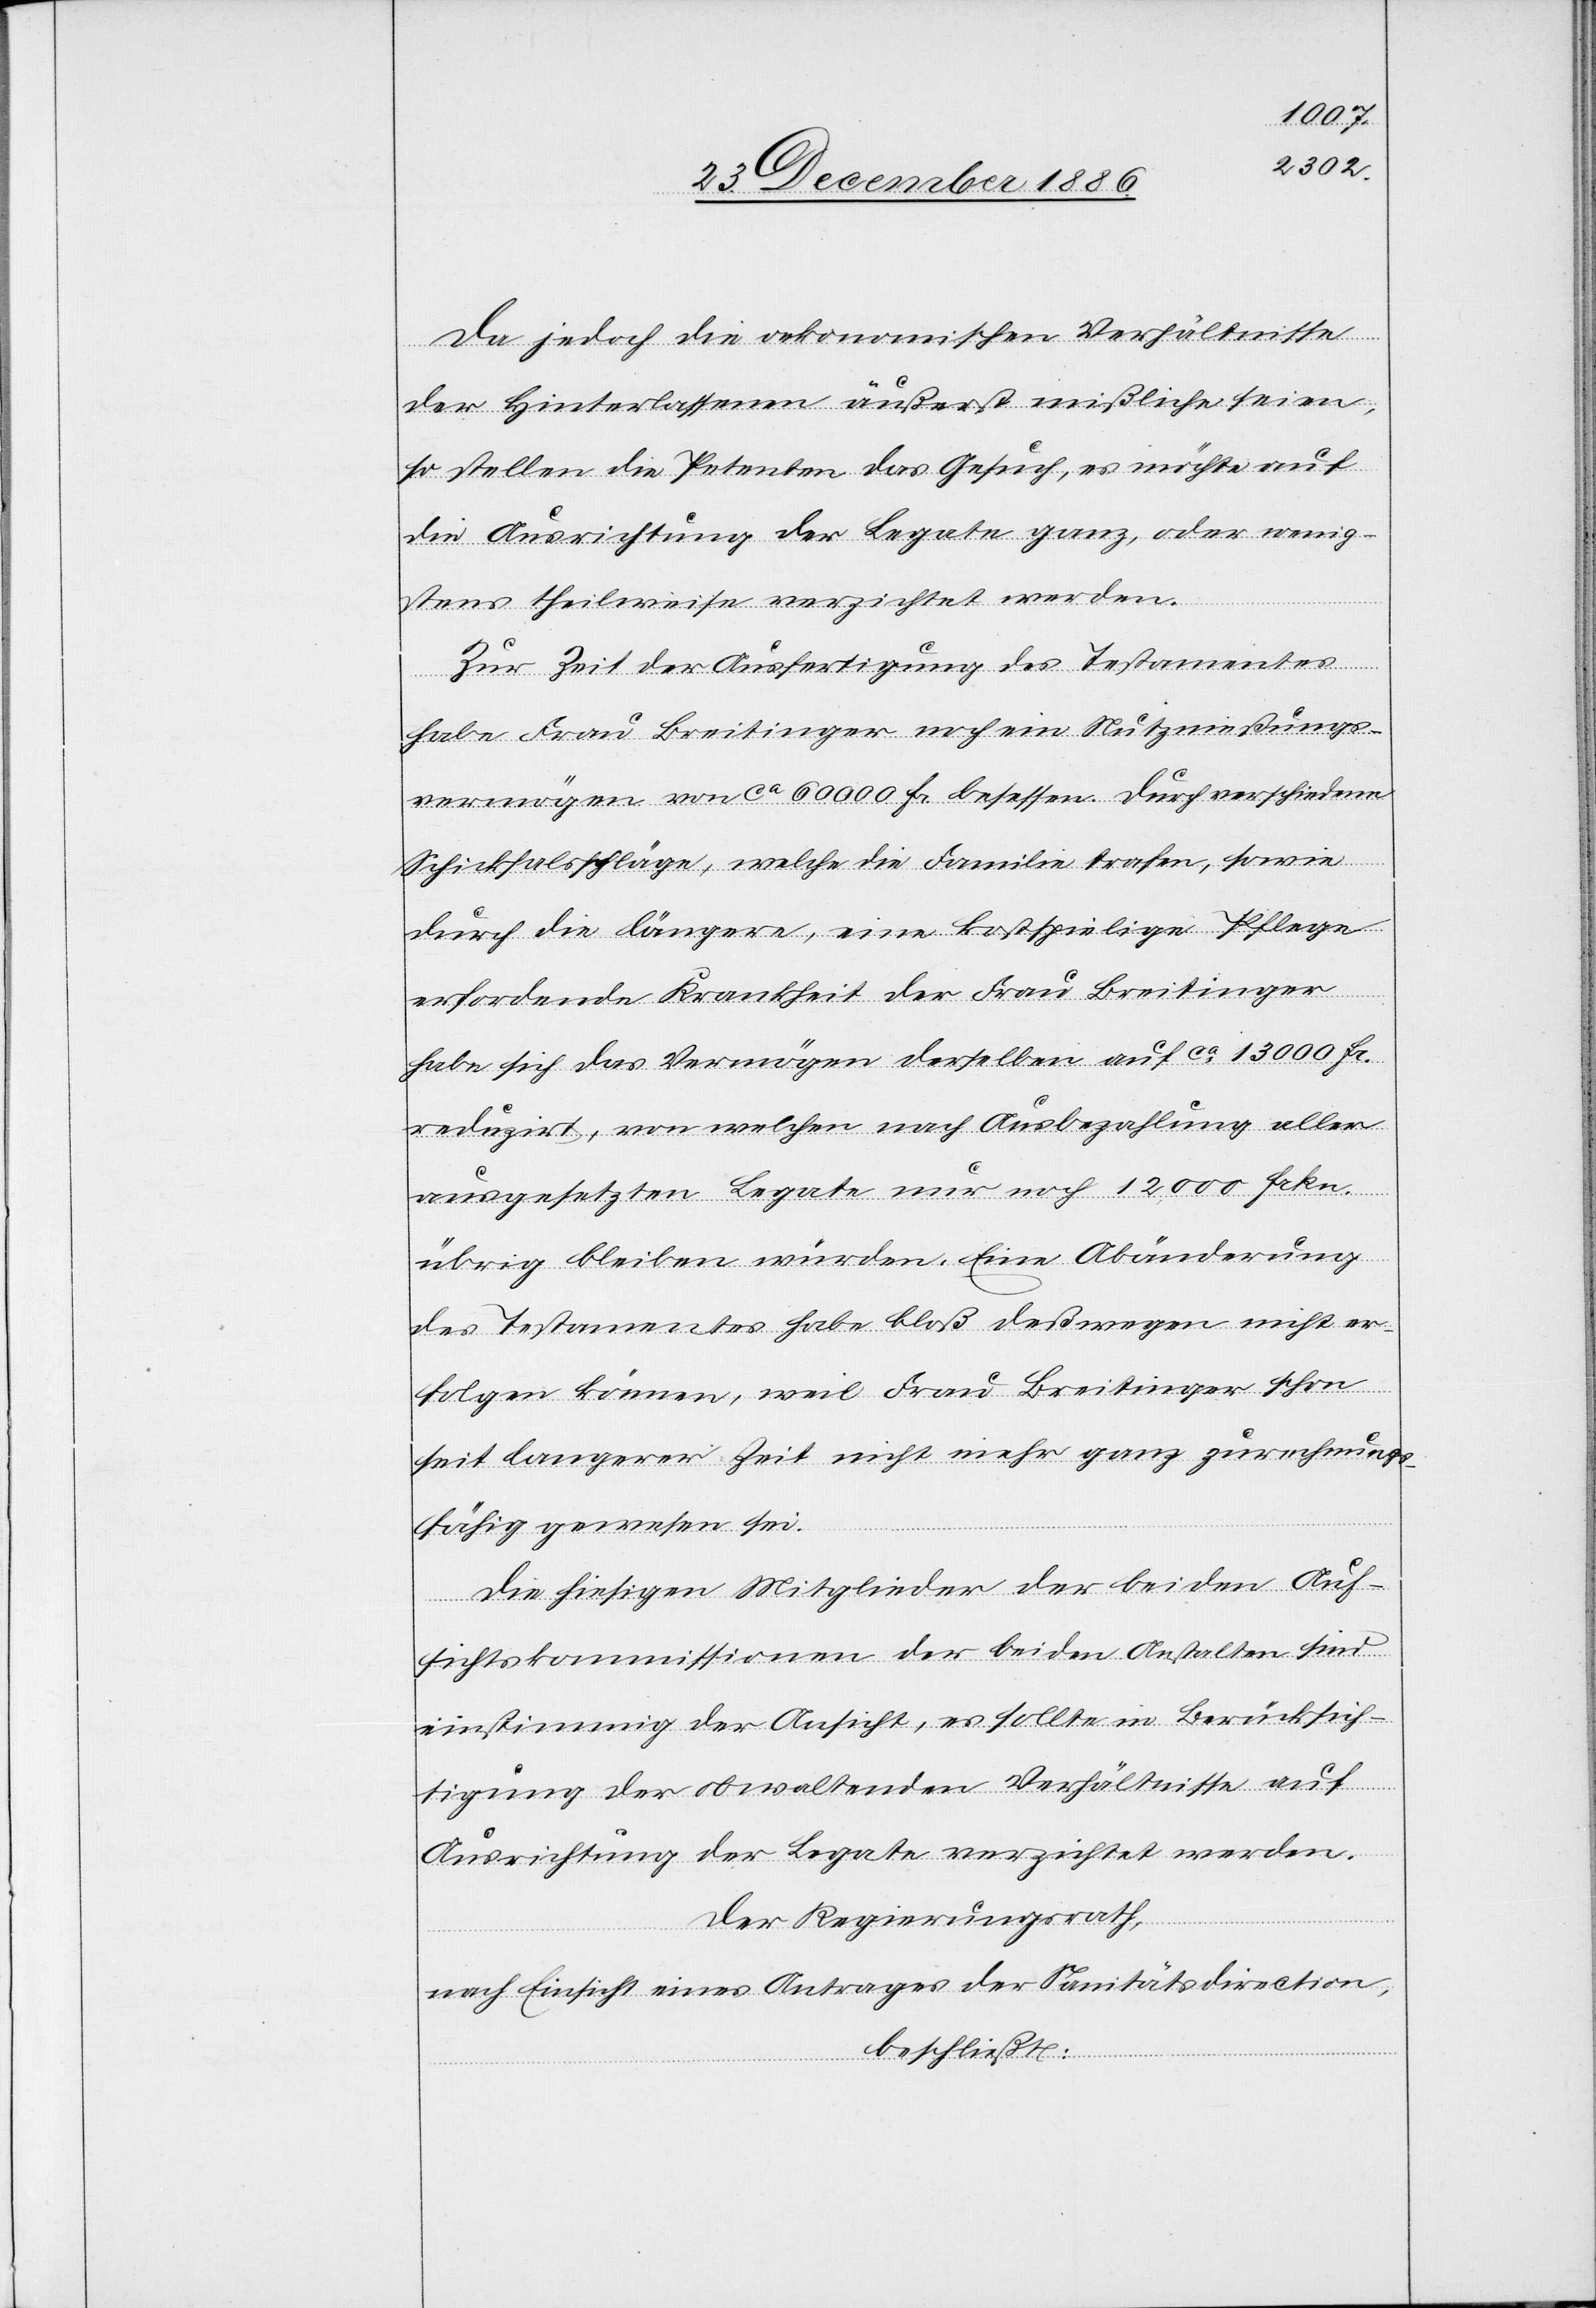
Da jedoch die oekonomischen Verhältnisse
der Hinterlassenen äußerst mißliche seien,
so stellen die Petenten das Gesuch, es möchte auf
die Ausrichtung der Legate ganz, oder wenig¬
stens theilweise verzichtet werden.
Zur Zeit der Ausfertigung des Testamentes
habe Frau Breitinger noch ein Nutznießungs¬
vermögen von ca 60 000 Fr. besessen. Durch verschiedene
Schicksalsschläge, welche die Familie trafen, sowie
durch die längere, eine kostspielige Pflege
erforde[r]nde Krankheit der Frau Breitinger
habe sich das Vermögen derselben auf ca 13 000 Fr.
reduzirt, von welchen nach Ausbezahlung aller
ausgesetzten Legate nur noch 12,000 Frkn.
übrig bleiben würden. Eine Abänderung
des Testamentes habe bloß deßwegen nicht er¬
folgen können, weil Frau Breitinger schon
seit langerer [sic!] Zeit nicht mehr ganz zurechnungs¬
fähig gewesen sei.
Die hiesigen Mitglieder der beiden Auf¬
sichtskommissionen der beiden Anstalten sind
einstimmig der Ansicht, es sollte in Berücksich¬
tigung der obwaltenden Verhältnisse auf
Ausrichtung der Legate verzichtet werden.
Der Regierungsrath,
nach Einsicht eines Antrages der Sanitätsdirection,
beschließt: